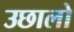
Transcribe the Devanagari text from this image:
उछालो